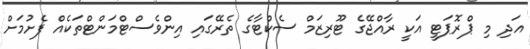
އަދި މި ޕްރޮޕަޓީ އަކީ ރާއްޖޭގެ ޓޫރިޒަމް ސެކްޓާގެ ތެރޭގައި އިންވެސްޓްމަންޓްތަކެއް ފެށުމަށް